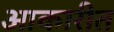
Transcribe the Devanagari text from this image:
आकारीत